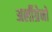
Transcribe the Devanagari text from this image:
अर्लीग्रेनो